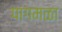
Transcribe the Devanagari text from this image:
पागमळा